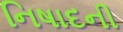
નિષાદની